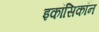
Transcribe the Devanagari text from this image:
इकॉसिकॉन